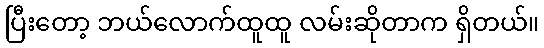
ပြီးတော့ ဘယ်လောက်ထူထူ လမ်းဆိုတာက ရှိတယ်။